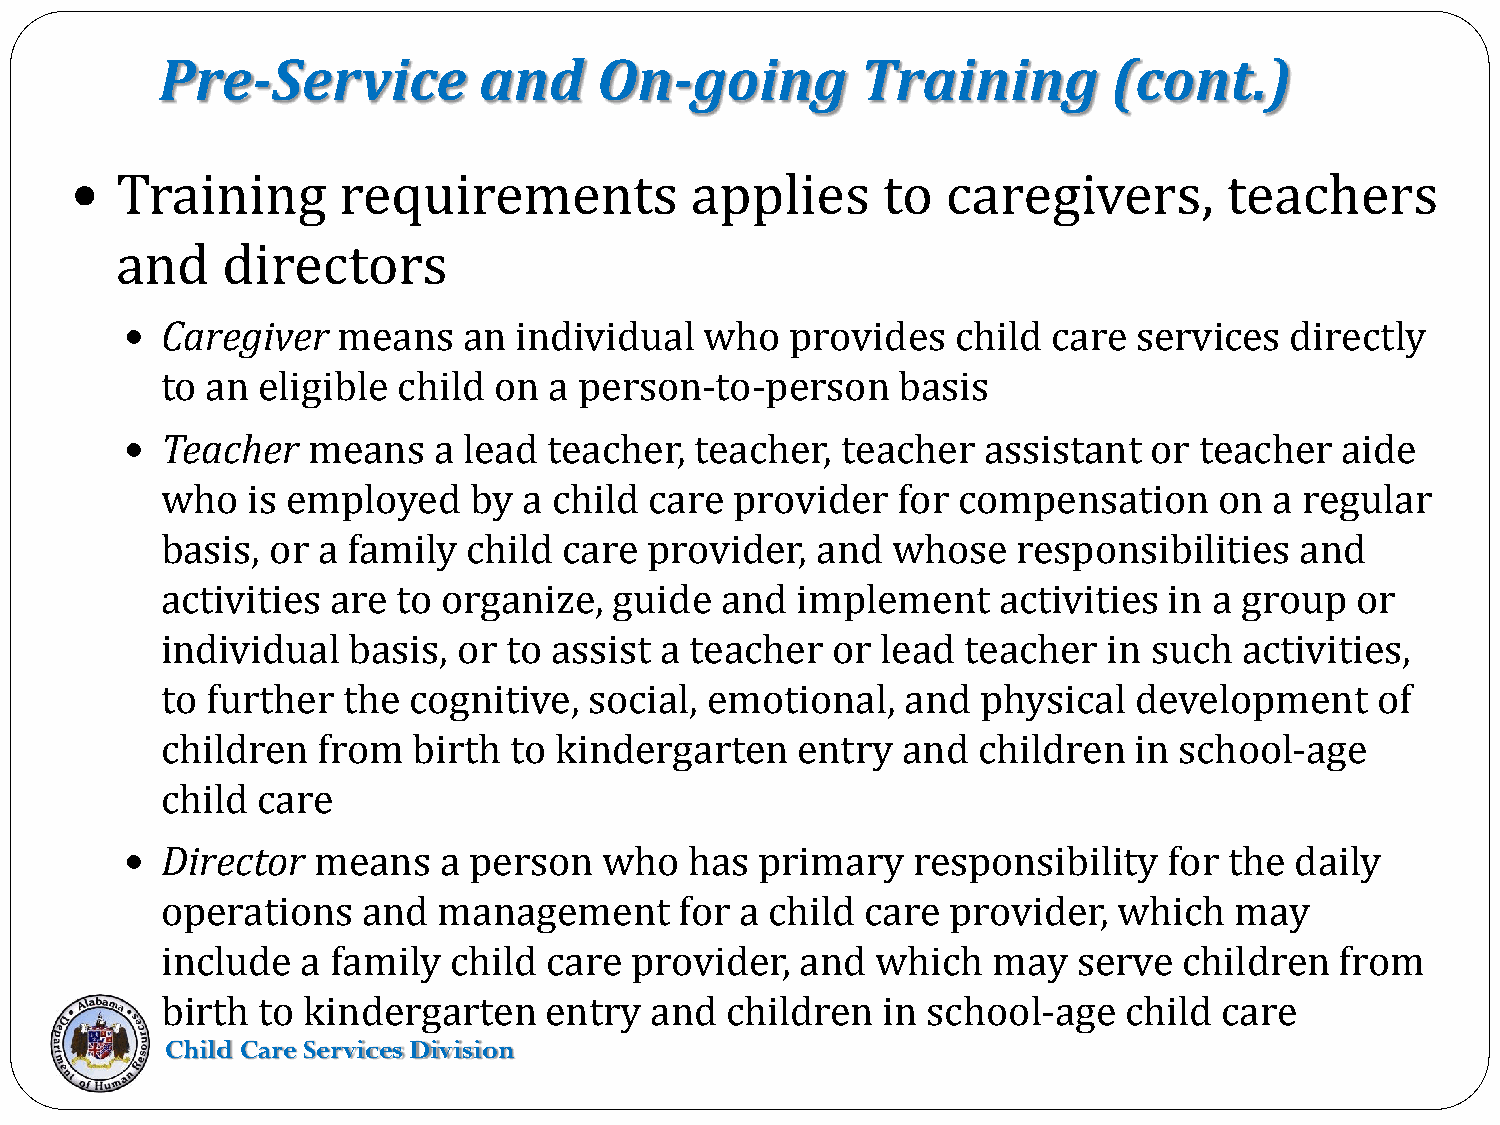
Pre-Service          and     On-going         Training         (cont.)
   Training      requirements            applies     to   caregivers,       teachers
 and    directors
   Caregiver  means    an individual   who  provides   child  care services  directly
 to an eligible child  on a person-to-person     basis
   Teacher  means    a lead teacher,  teacher,  teacher  assistant  or teacher   aide
 who  is employed    by  a child care  provider  for compensation      on a regular
 basis, or a family  child care  provider,  and  whose   responsibilities   and
 activities are to organize,   guide  and  implement    activities in a group   or
 individual  basis, or to assist  a teacher  or lead  teacher  in such  activities,
 to further  the cognitive,  social, emotional,   and  physical  development     of
 children  from  birth  to kindergarten    entry  and  children  in school-age
 child care
   Director  means   a person   who   has primary   responsibility   for the  daily
 operations   and  management      for a child care  provider,  which   may
 include  a family  child care  provider,  and  which   may  serve  children   from
 birth to kindergarten    entry  and  children  in school-age   child  care
 Child Care Services Division